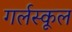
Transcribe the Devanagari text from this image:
गर्लस्कूल